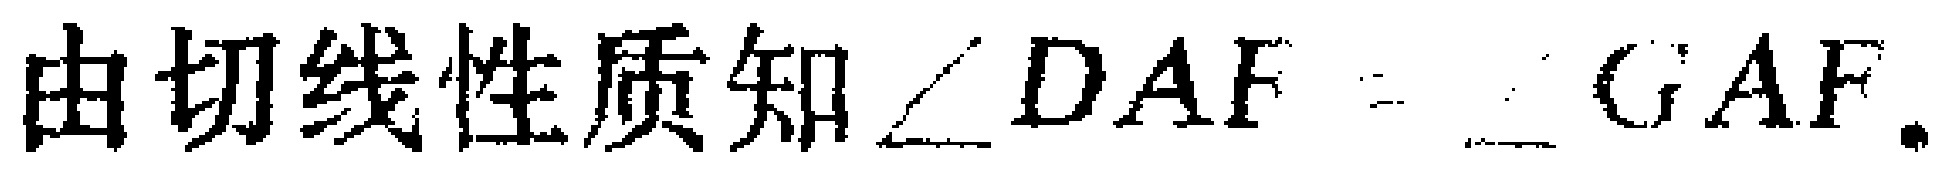
由切线性质知$\angle DAF = \angle GAF.$